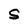
Character: S